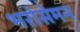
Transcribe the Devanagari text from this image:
भरोसेमन